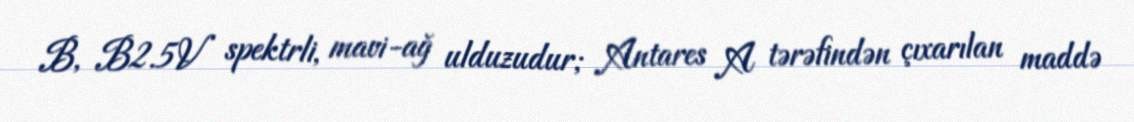
B, B2.5V spektrli, mavi-ağ ulduzudur; Antares A tərəfindən çıxarılan maddə